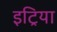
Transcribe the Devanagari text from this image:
इट्रिया